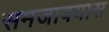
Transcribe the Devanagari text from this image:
समजावयास